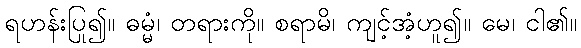
ရဟန်းပြု၍။ ဓမ္မံ၊ တရားကို။ စရာမိ၊ ကျင့်အံ့ဟူ၍။ မေ၊ ငါ၏။